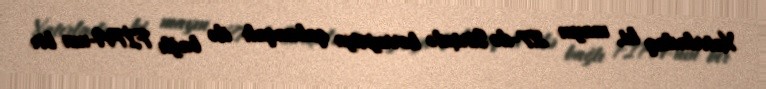
Xatırladaq ki, mayın 27-də Sürixdə korrupsiya qalmaqalı ilə bağlı FİFA-nın bir